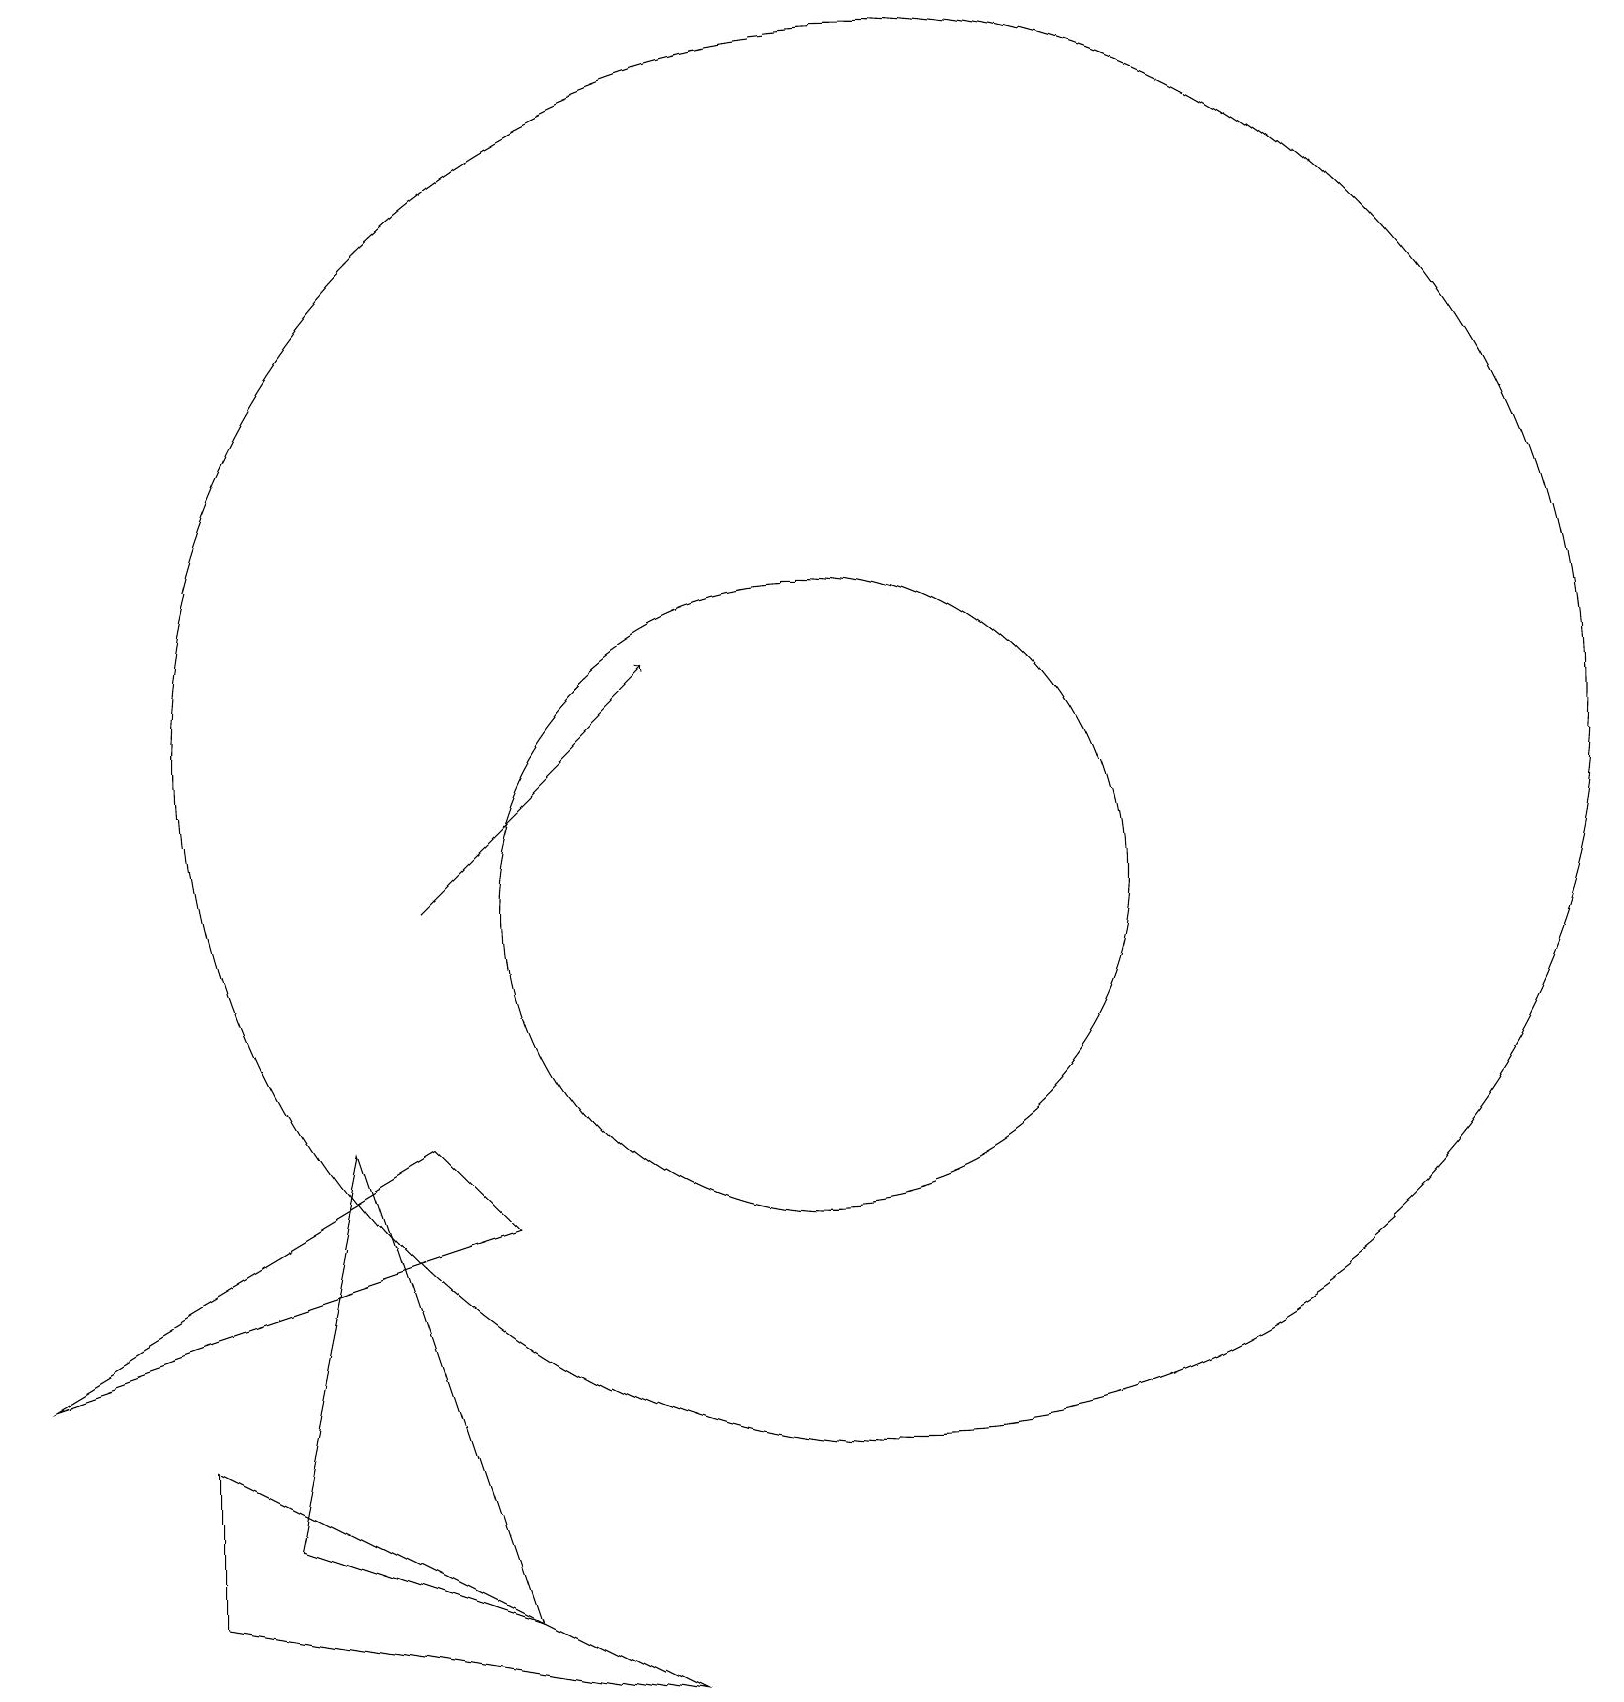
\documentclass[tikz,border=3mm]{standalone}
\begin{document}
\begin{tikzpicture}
\draw (6,6) -- (5,7) -- (0,4) -- cycle;
\draw[->] (5,10) -- (8,13);
\draw (2,3) -- (2,1) -- (8,0) -- cycle;
\draw (6,1) -- (4,7) -- (3,2) -- cycle;
\draw (11,12) circle (9);
\draw (10,10) circle (4);
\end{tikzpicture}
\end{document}